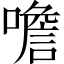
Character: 噡